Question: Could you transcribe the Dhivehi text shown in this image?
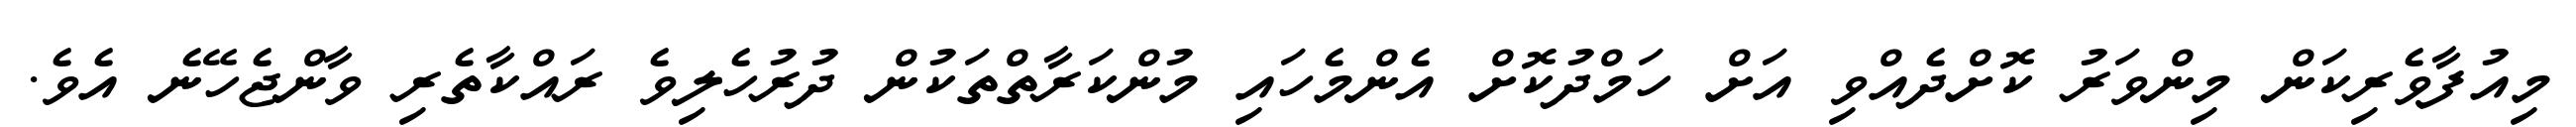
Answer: މިއުފާވެރިކަން މިންވަރު ކޮށްދެއްވި އަށް ހަމްދުކޮށް އެންމެހައި މުންކަރާތްތަކުން ދުރުހެލިވެ ރައްކާތެރި ވާންޖެހޭނެ އެވެ.